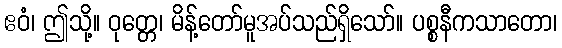
ဧဝံ၊ ဤသို့။ ဝုတ္တေ၊ မိန့်တော်မူအပ်သည်ရှိသော်။ ပစ္စနီကသာတော၊